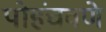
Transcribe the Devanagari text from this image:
पोहंचवणे